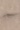
Text: -